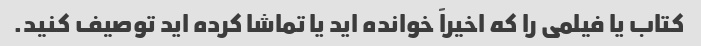
کتاب یا فیلمی را که اخیراً خوانده اید یا تماشا کرده اید توصیف کنید.